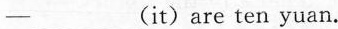
___(it)are ten yuan.